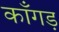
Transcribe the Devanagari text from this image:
काँगड़